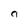
Character: a